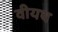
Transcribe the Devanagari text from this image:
वीयथ